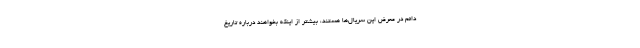
دائم در معرض این سریال‌ها هستند، بیشتر از اینکه بخواهند درباره تاریخ